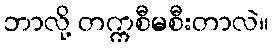
ဘာလို့ တက္ကစီမစီးတာလဲ။